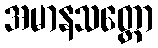
အမာနသတ္တော